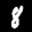
Label: 8